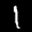
Label: 1